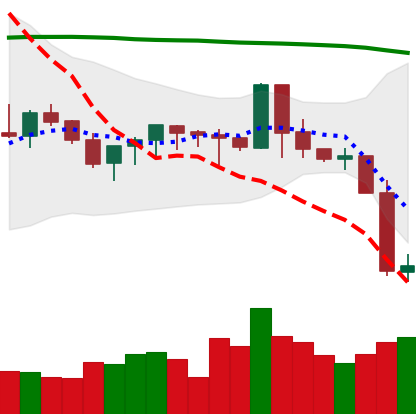
Ticker: XMR-USD
Chart end date: 2019-09-25
Forward return: -5.091%
Label: down_5_7